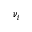
\nu _ { i }